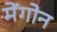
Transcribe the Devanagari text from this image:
मेंगोन